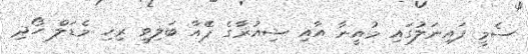
ސެމީ ފައިނަލުގައި މުއީނާ އާއި ޝިއުރާގެ ޕެެއާ ބަލިވީ ރިހި މެޑަލް ހޯދި